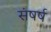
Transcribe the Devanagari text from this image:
संषर्ष